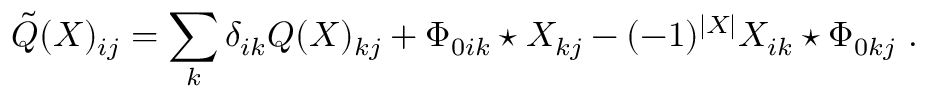
\tilde { Q } ( X ) _ { i j } = \sum _ { k } \delta _ { i k } Q ( X ) _ { k j } + \Phi _ { 0 i k } \star X _ { k j } - ( - 1 ) ^ { | X | } X _ { i k } \star \Phi _ { 0 k j } \ .